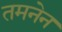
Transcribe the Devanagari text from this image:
तमनेन